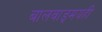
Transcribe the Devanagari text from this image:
बालवाङ्‌मयही